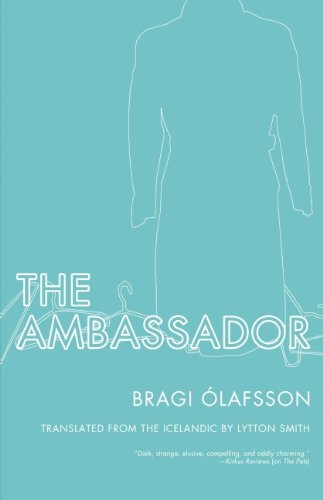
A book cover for The Ambassador; Bragi ÃElafsson; Travel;